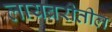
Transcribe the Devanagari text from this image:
लायब्ररीतील